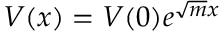
\begin{array} { r } { V ( x ) = V ( 0 ) e ^ { \sqrt { m } x } } \end{array}